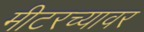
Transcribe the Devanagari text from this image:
मीटरच्यावर